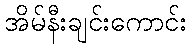
အိမ်နီးချင်းကောင်း